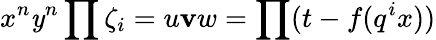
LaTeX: x^{n}\mathit{y}^{n}\prod\zeta_{i}=u\mathbf{v}w=\prod(t-f(q^{i}x))